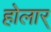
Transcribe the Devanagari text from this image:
होलार्